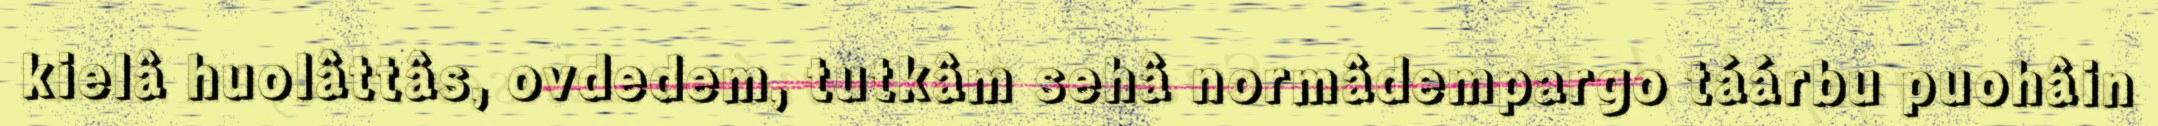
kielâ huolâttâs, ovdedem, tutkâm sehâ normâdempargo táárbu puohâin